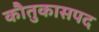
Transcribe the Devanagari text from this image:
काैतुकासपद